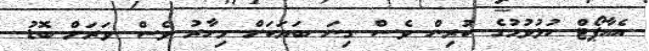
އެއާޕޯޓް ހުޅުވުމުގެ ކުރިން ވެސް ގިނަ ބަޔަކަށް މިހާރު ވެސް ވަރަށް ބޮޑު